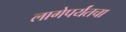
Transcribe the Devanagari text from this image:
लागेपर्यंतचा